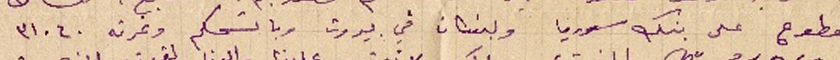
مقطوع على بنك سوريا ولبنان في بيروت وباسمكم ونمرته ٣١٠٦٠